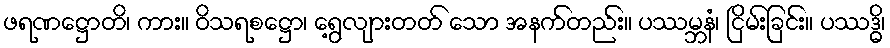
ဖရဏဋ္ဌောတိ၊ ကား။ ဝိသရစဋ္ဌော၊ ရွေ့လျားတတ် သော အနက်တည်း။ ပဿမ္ဘနံ၊ ငြိမ်းခြင်း။ ပဿဒ္ဓိ၊